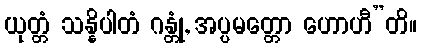
ယုတ္တံ သန္နိပါတံ ဂန္တုံ, အပ္ပမတ္တော ဟောဟီ”တိ။